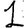
Digit: 1